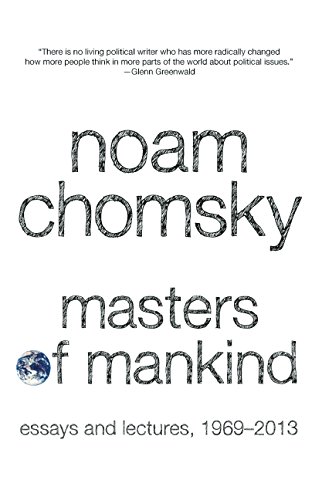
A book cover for Masters of Mankind: Essays and Lectures, 1969-2013; Noam Chomsky; Law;